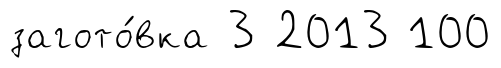
загото́вка 3 2013 100